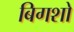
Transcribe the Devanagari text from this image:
बिगशो